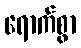
ရောက်စွာ